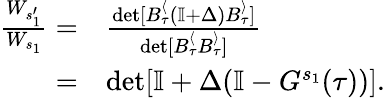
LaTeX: \begin{array}{rl}{\frac{W_{s_{1}^{\prime}}}{W_{s_{1}}}=}&{\frac{\det[B_{\tau}^{\langle}\left(\mathbb{I}+{\Delta}\right)B_{\tau}^{\rangle}]}{\det[B_{\tau}^{\langle}B_{\tau}^{\rangle}]}}\\ {=}&{\det[\mathbb{I}+{\Delta}(\mathbb{I}-{G}^{s_{1}}(\tau))].}\end{array}